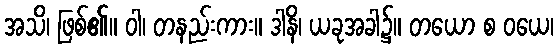
အသိ၊ ဖြစ်၏။ ဝါ၊ တနည်းကား။ ဒါနိ၊ ယခုအခါ၌။ တယော စ ဝယေ၊